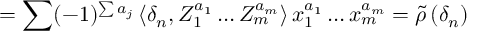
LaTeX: = \sum ( - 1 ) ^ { \sum a _ { j } } \, \langle \delta _ { n } , Z _ { 1 } ^ { a _ { 1 } } \ldots Z _ { m } ^ { a _ { m } } \rangle \, x _ { 1 } ^ { a _ { 1 } } \ldots x _ { m } ^ { a _ { m } } = \widetilde { \rho } \, ( \delta _ { n } )